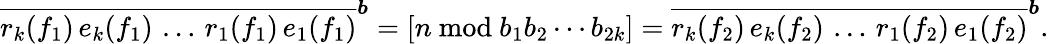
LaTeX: \overline{{r_{k}(f_{1})\, e_{k}(f_{1})\, \ldots\, r_{1}(f_{1})\, e_{1}(f_{1})}}^{\boldsymbol{b}}=\left[n\ \mathrm{mod}\ b_{1}b_{2}\cdots b_{2k}\right]=\overline{{r_{k}(f_{2})\, e_{k}(f_{2})\, \ldots\, r_{1}(f_{2})\, e_{1}(f_{2})}}^{\boldsymbol{b}}.